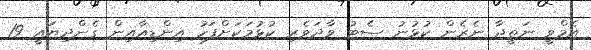
އެމްވީ ނަތީޖާ ނެރެން ކުޅުނު ސެޓު ވާދަވެރި ކުޅުމަކަށްފަހު އިންޑިއާއިން ގެންދިޔައީ 19